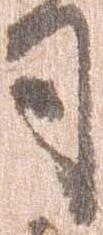
司